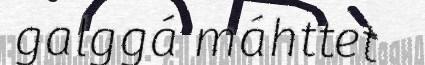
galggá máhttet